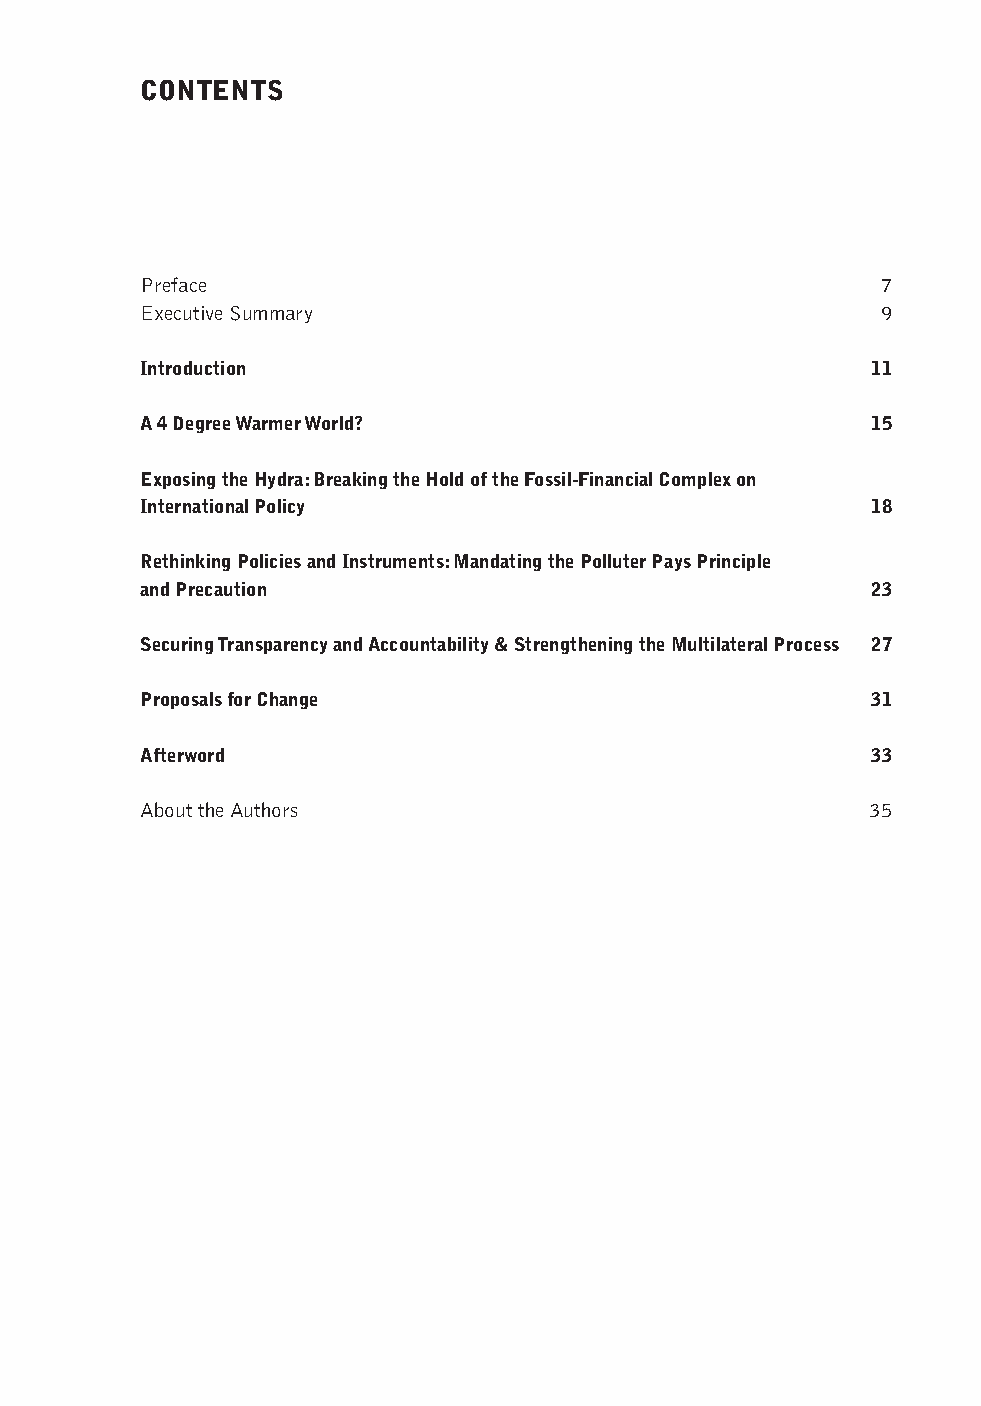
Contents
 Preface                                          7
 Executive Summary                                9
 Introduction                                     11
 a 4 Degree Warmer World?                         15
 exposing the hydra: breaking the hold of the Fossil-Financial Complex on
 International Policy                             18
 rethinking Policies and Instruments: mandating the Polluter Pays Principle
 and Precaution                                   23
 securing transparency and accountability & strengthening the multilateral Process 27
 Proposals for Change                             31
 afterword                                        33
 About the Authors                                35